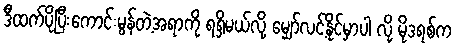
ဒီထက်ပိုပြီးကောင်းမွန်တဲ့အရာကို ရရှိမယ်လို့ မျှော်လင့်နိုင်မှာပါ လို့ မိုဒရစ်က